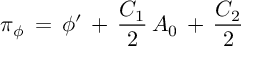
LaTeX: \pi _ { \phi } \, = \, \phi ^ { \prime } \, + \, { \frac { C _ { 1 } } { 2 } } \, A _ { 0 } \, + \, { \frac { C _ { 2 } } { 2 } }